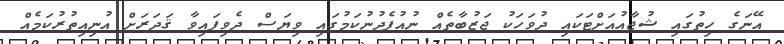
އޭނަގެ ހިތުގައި ޝުޖާއުއަށްޓަކައި ދުވަހަކު ޖަޒުބާތެއް ނުއުފެދުނުކަމުގައި ވިޔަސް ދެވިފައިވާ ޤަދަރަށް އުނިއިތުރުކަމެއް